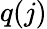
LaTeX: q(j)